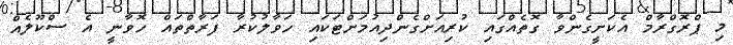
މި ޕްރޮގްރާމް އެކަށީގެންވާ ގޮތެއްގައި ކުރިއަށްގެންދިއުމަށްޓަކައި ހަވާލުކުރާ ފަރާތްތައް ހޮވާނީ އެ ސްކޫލެއް